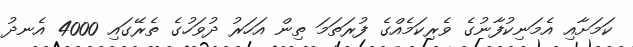
ކަމަށާއި އެމަނިކުފާނުގެ ވެރިކަމެއްގެ ފުރަތަމަ ތިން އަހަރު ދުވަހުގެ ތެރޭގައި 4000 އެނދު